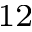
^ { 1 2 }